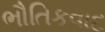
ભૌતિકવાદ